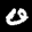
Label: 0